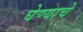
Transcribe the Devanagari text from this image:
घेण्‍याचे